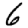
Digit: 6